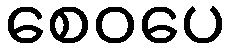
စေဝပေ